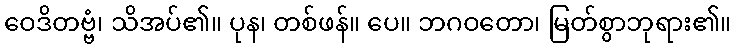
ဝေဒိတဗ္ဗံ၊ သိအပ်၏။ ပုန၊ တစ်ဖန်။ ပေ။ ဘဂဝတော၊ မြတ်စွာဘုရား၏။